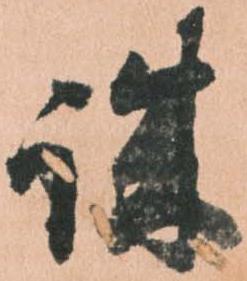
誠